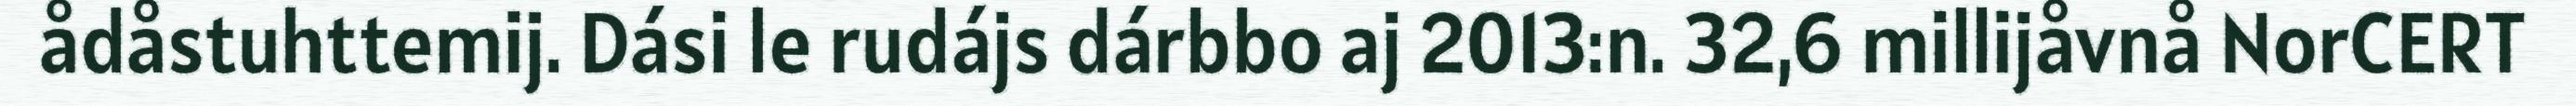
ådåstuhttemij. Dási le rudájs dárbbo aj 2013:n. 32,6 millijåvnå NorCERT